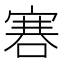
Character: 𠹟